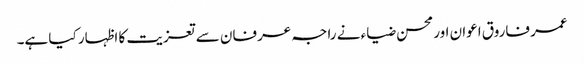
عمر فاروق اعوان اور محسن ضیاء نے راجہ عرفان سے تعزیت کا اظہار کیا ہے۔